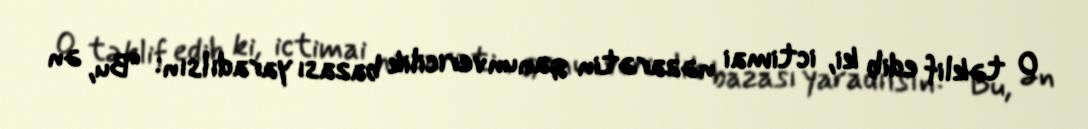
O təklif edib ki, ictimai nəzarətin qanunvericilik bazası yaradılsın: “Bu, ən